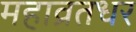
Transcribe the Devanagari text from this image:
महाव्रतधर